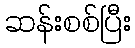
ဆန်းစစ်ပြီး